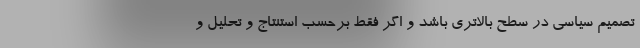
تصمیم سیاسی در سطح بالاتری باشد و اگر فقط برحسب استنتاج و تحلیل و